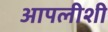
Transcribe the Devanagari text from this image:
आपलीशी